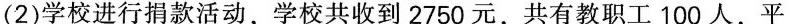
(2)学校进行捐款活动，学校共收到2750元，共有教职工100人，平